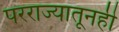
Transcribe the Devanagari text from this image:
परराज्यातूनही